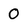
Character: 0